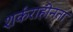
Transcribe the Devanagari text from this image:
शर्कराहीनता